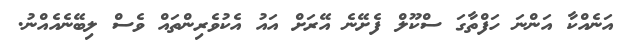
އަނެއްކާ އަންނަ ހަފްތާގަ ސްކޫލް ފެށޭނެ އޭރަށް އައު އެކުވެރިންތައް ވެސް ލިބޭނެއެއްނު.